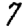
Digit: 7